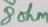
Text: 8ohm